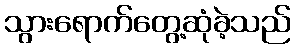
သွားရောက်တွေ့ဆုံခဲ့သည်